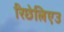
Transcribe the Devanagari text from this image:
रिछेलिएउ